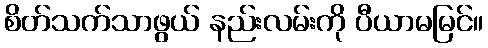
စိတ်သက်သာဖွယ် နည်းလမ်းကို ပီယာမမြင်။